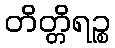
တိတ္တိရဉ္စ